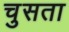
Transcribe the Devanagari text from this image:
चुसता